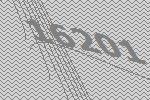
16201